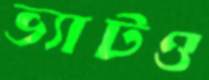
ভ্যাটও